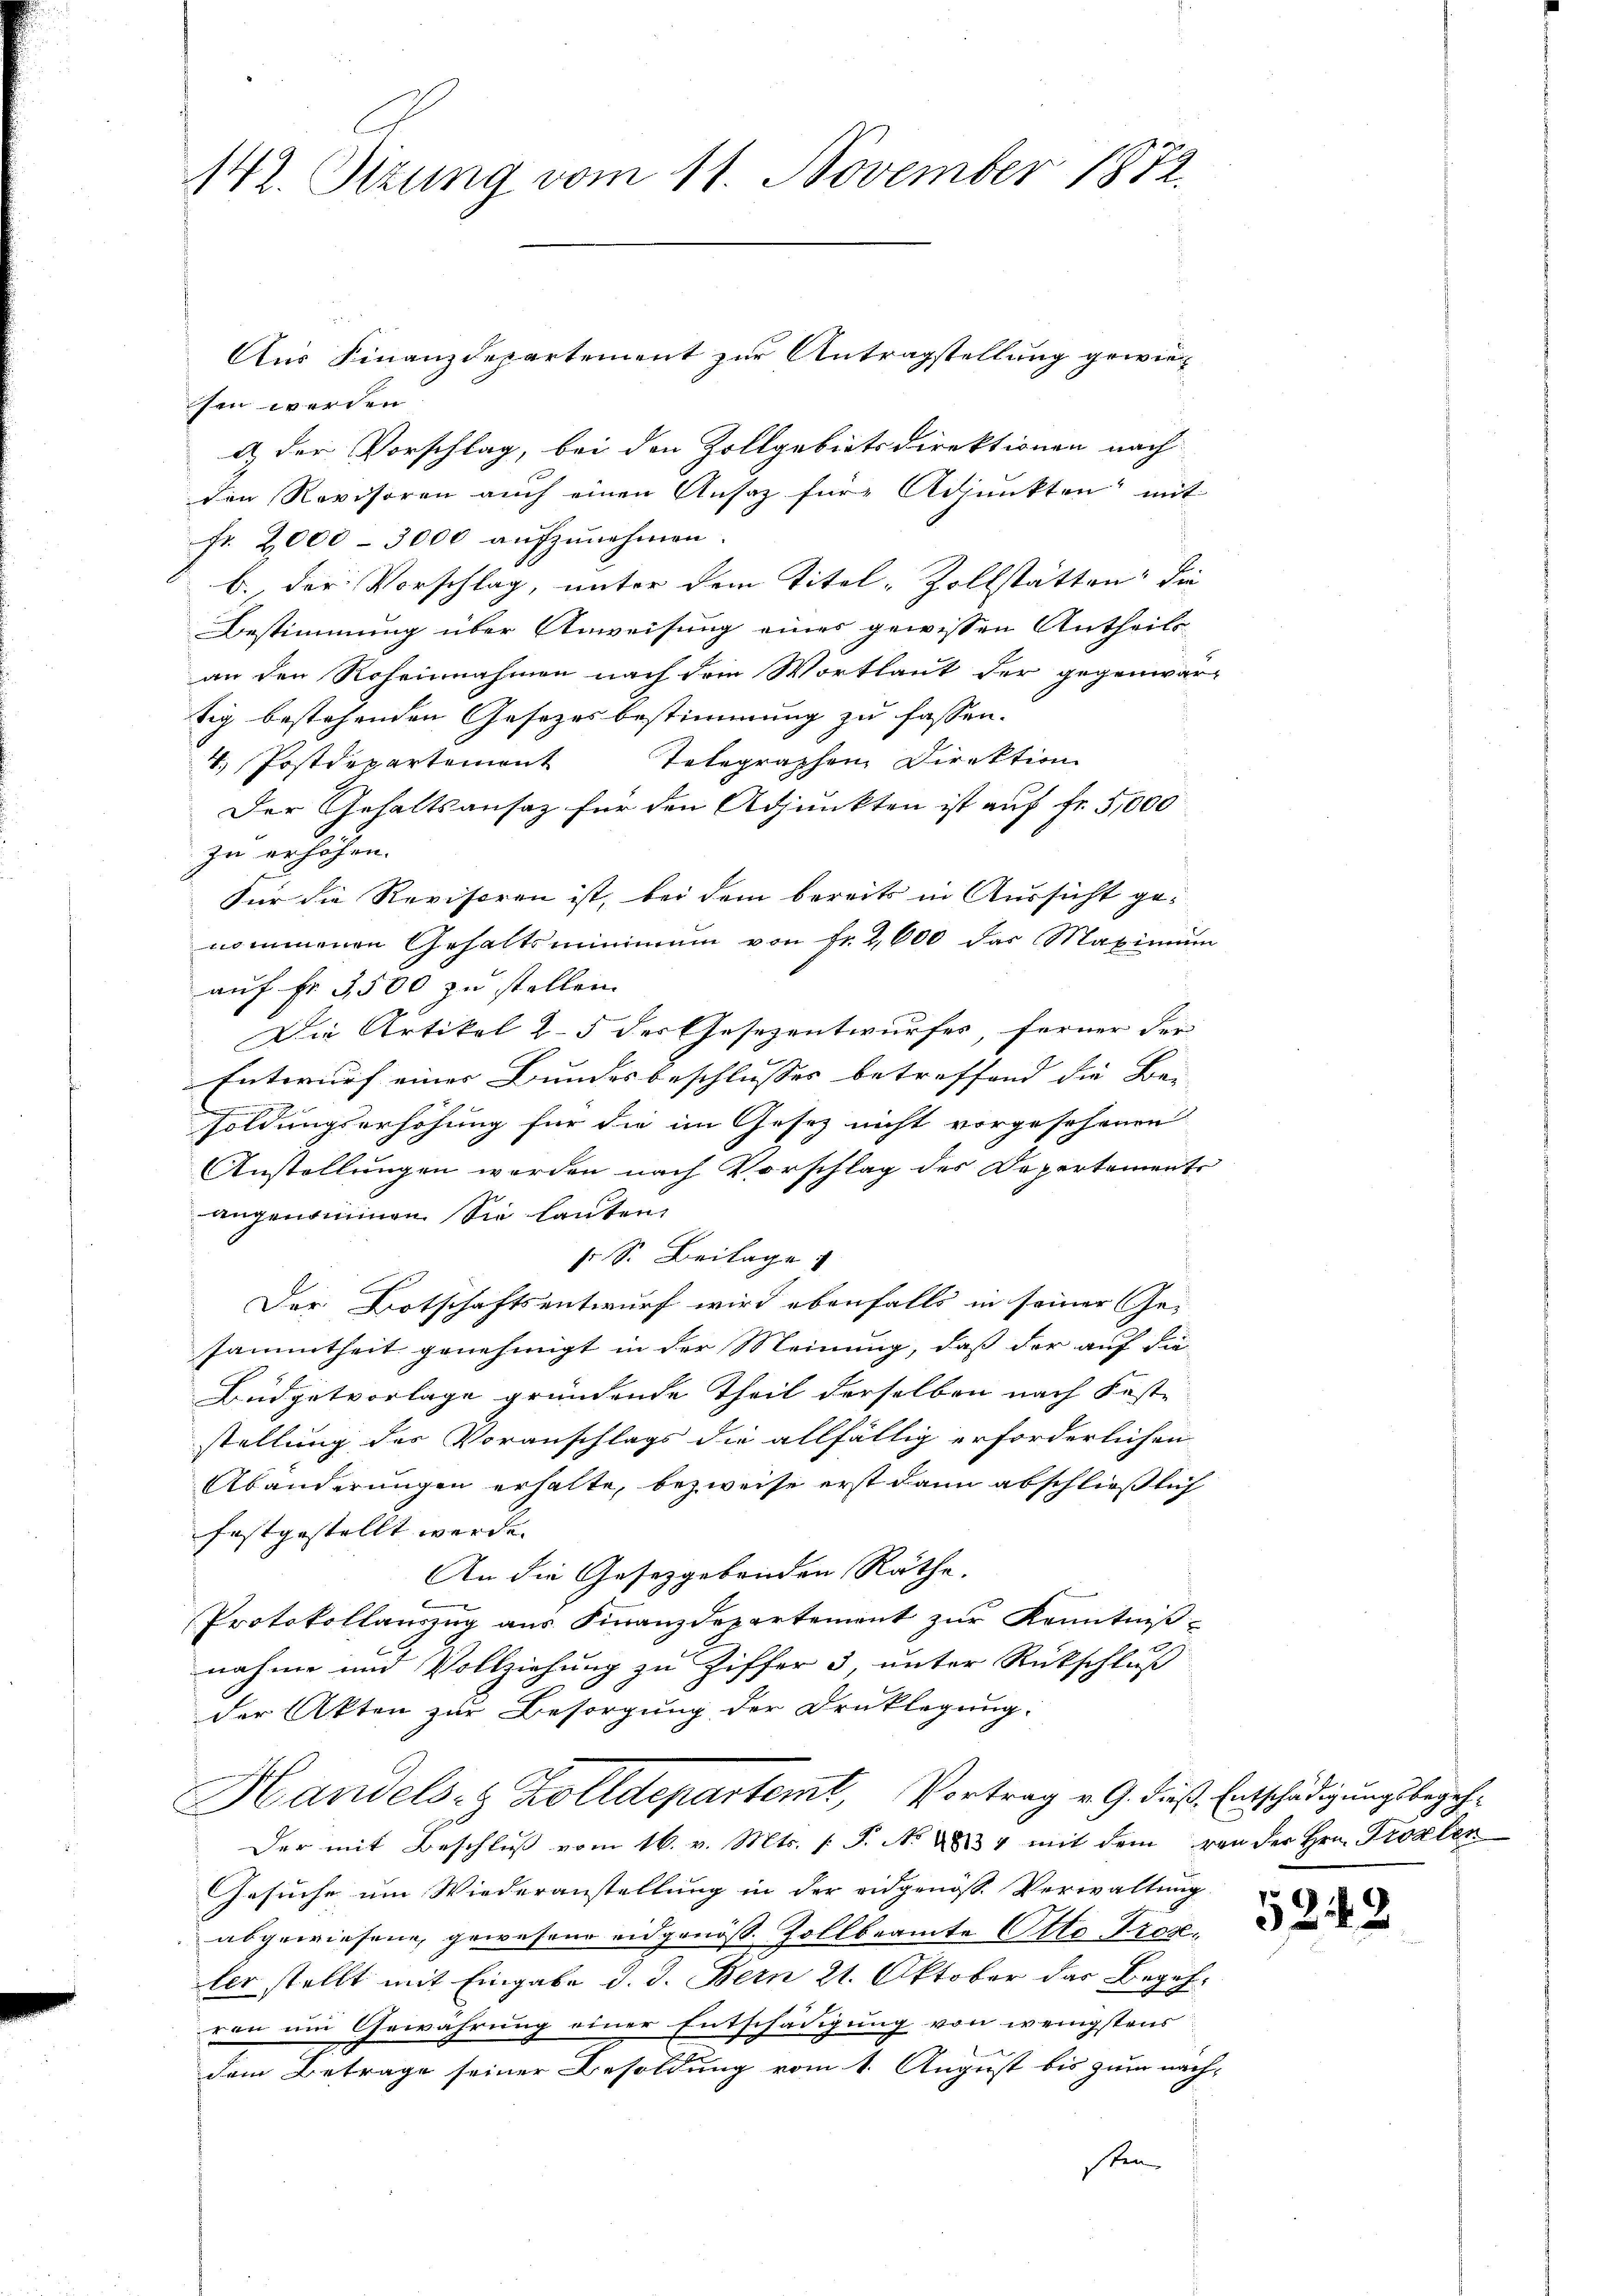
142. Setzung vom 11. November 1872.

Aus Finanzdepartement zur Antragstellung gewiesen werden.
d) der Vorschlag, bei den Zollgebietsdirektionen nach
den Revisoren auch einen Ansaz für Adjunkten mit
fr. 2,000 - 3000 aŭfzŭnehmen.
b., der Vorschlag, unter dem Titel-Zollstatten, die
Bestimmung über Anweisung eines gewissen Antheils
an den Roheinnahmen nach dem Wortlaut der gegenwär-
tig bestehenden Gesetzesbestimmung zu fassen.
Telegraphen Direktion
4. Postdepartement
Der Gehaltsansatz für den Adjunkten ist auf Fr. 5,000
zu erhöhen.
Für die Revisoren ist, bei dem bereits in Aussicht genommenen Gehaltsminimum von fr. 2,000 das Maximum
auf fr. 3500 zu stellen.
Die Artikel u. 5 der Gesezentwurfes, ferner der
Entwurf einer Bundesbeschlusses betreffend die Be- |
r
soldungserhöhung für die im Gesetz nicht vorgesehenen
Anstellungen werden nach Vorschlag des Departemente
angenommen. Sie lauten,
s S. Beilage
Der Botschaftsentwurf wird ebenfalls in seiner Ge-
sammtheit genehmigt in der Meinung, daß der auf die
Büdgetvorlage gründende Theil derselben nach Feste
stellung des Voranschlags die allfällig erforderlichen
Abänderungen erhalte, bezweife erst dann abschließlich
festgestellt werde. |
An die Gesetzgebenden Räthe.
Protokollauszug aus Finanzdepartement zur Kenntniß-
nahme und Vollziehung zu Ziffer 3, unter Rückschluß
der Akten zur Besorgung der Drucklegung:
Handels- & Zolldepartemt, Vortrag v. G. dieß. Entschädigungsbegeh¬
Der mit Beschluß vom 16. v. Mts. s. S. No 283 4 mit dem von der Hrn. Trosten
Gesuche um Wiederanstellung in der eidgenöss. Verwaltung
abgewiesene, gewesene eidgenöss. Zollbeamte Otto Prozeter stellt mit Eingabe d. J. Bern 21. Oktober das Begehren um Gewährung einer Entschädigung von wenigstens
dem Betrage seiner Besoldung vom 1. August bis zum nach-
sten

5243